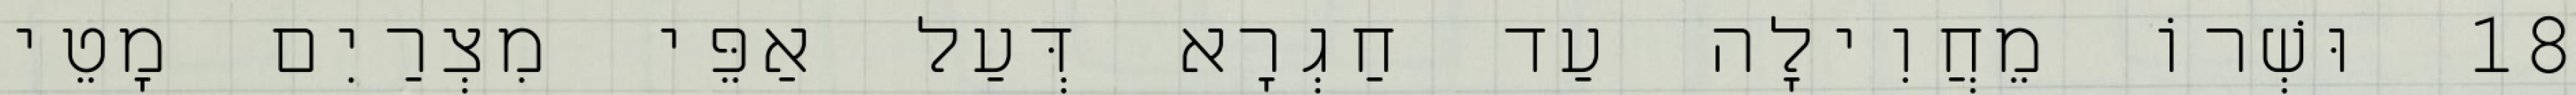
18 וּשְׁרוֹ מֵחֲוִילָה עַד חַגְרָא דְּעַל אַפֵּי מִצְרַיִם מָטֵי